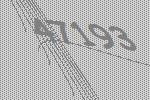
47193